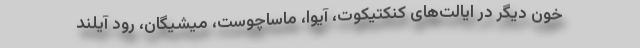
خون دیگر در ایالت‌های کنکتیکوت، آیوا، ماساچوست، میشیگان، رود آیلند